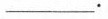
___.